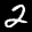
Label: 2